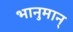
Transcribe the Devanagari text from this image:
भानुमान्